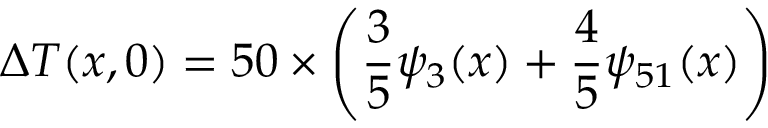
\Delta { T } ( x , 0 ) = 5 0 \times \left( \frac { 3 } { 5 } \psi _ { 3 } ( x ) + \frac { 4 } { 5 } \psi _ { 5 1 } ( x ) \right)